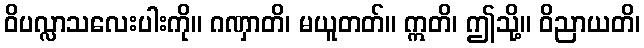
ဝိပလ္လာသလေးပါးကို။ ဂဏှာတိ၊ မယူတတ်။ ဣတိ၊ ဤသို့။ ဝိညာယတိ၊